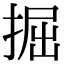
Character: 掘